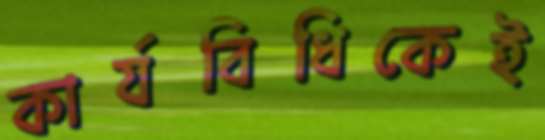
কার্যবিধিকেই